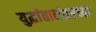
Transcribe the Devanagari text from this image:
युद्धांतानंतरच्या